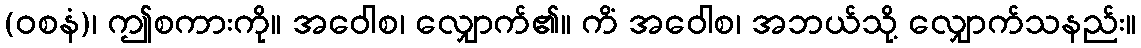
(ဝစနံ)၊ ဤစကားကို။ အဝေါစ၊ လျှောက်၏။ ကိံ အဝေါစ၊ အဘယ်သို့ လျှောက်သနည်း။